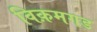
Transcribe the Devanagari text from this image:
विक़मगड